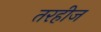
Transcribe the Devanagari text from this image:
तरहीज